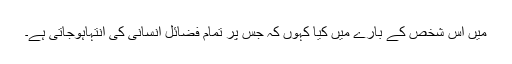
میں اُس شخص کے بارے میں کیا کہوں کہ جس پر تمام فضائلِ انسانی کی انتہاہوجاتی ہے۔